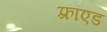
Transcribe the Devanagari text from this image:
फ़्रॉएड